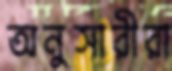
অনুসারীরা